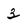
Character: 3